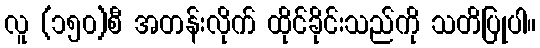
လူ (၁၅၀)စီ အတန်းလိုက် ထိုင်ခိုင်းသည်ကို သတိပြုပါ။